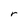
Character: r